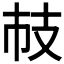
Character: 𢺷